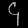
Digit: ၄